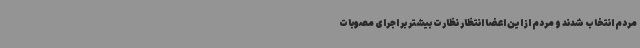
مردم انتخاب شدند و مردم از این اعضا انتظار نظارت بیشتر بر اجرای مصوبات